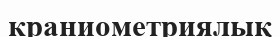
краниометриялық